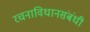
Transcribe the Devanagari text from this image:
रचनाविधानसंबंधी